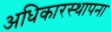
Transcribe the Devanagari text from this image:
अधिकारस्थापना